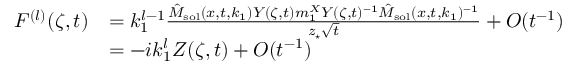
\begin{array} { r l } { F ^ { ( l ) } ( \zeta , t ) } & { = k _ { 1 } ^ { l - 1 } \frac { \hat { M } _ { \mathrm { s o l } } ( x , t , k _ { 1 } ) Y ( \zeta , t ) m _ { 1 } ^ { X } Y ( \zeta , t ) ^ { - 1 } \hat { M } _ { \mathrm { s o l } } ( x , t , k _ { 1 } ) ^ { - 1 } } { z _ { \star } \sqrt { t } } + O ( t ^ { - 1 } ) } \\ & { = - i k _ { 1 } ^ { l } Z ( \zeta , t ) + O ( t ^ { - 1 } ) } \end{array}